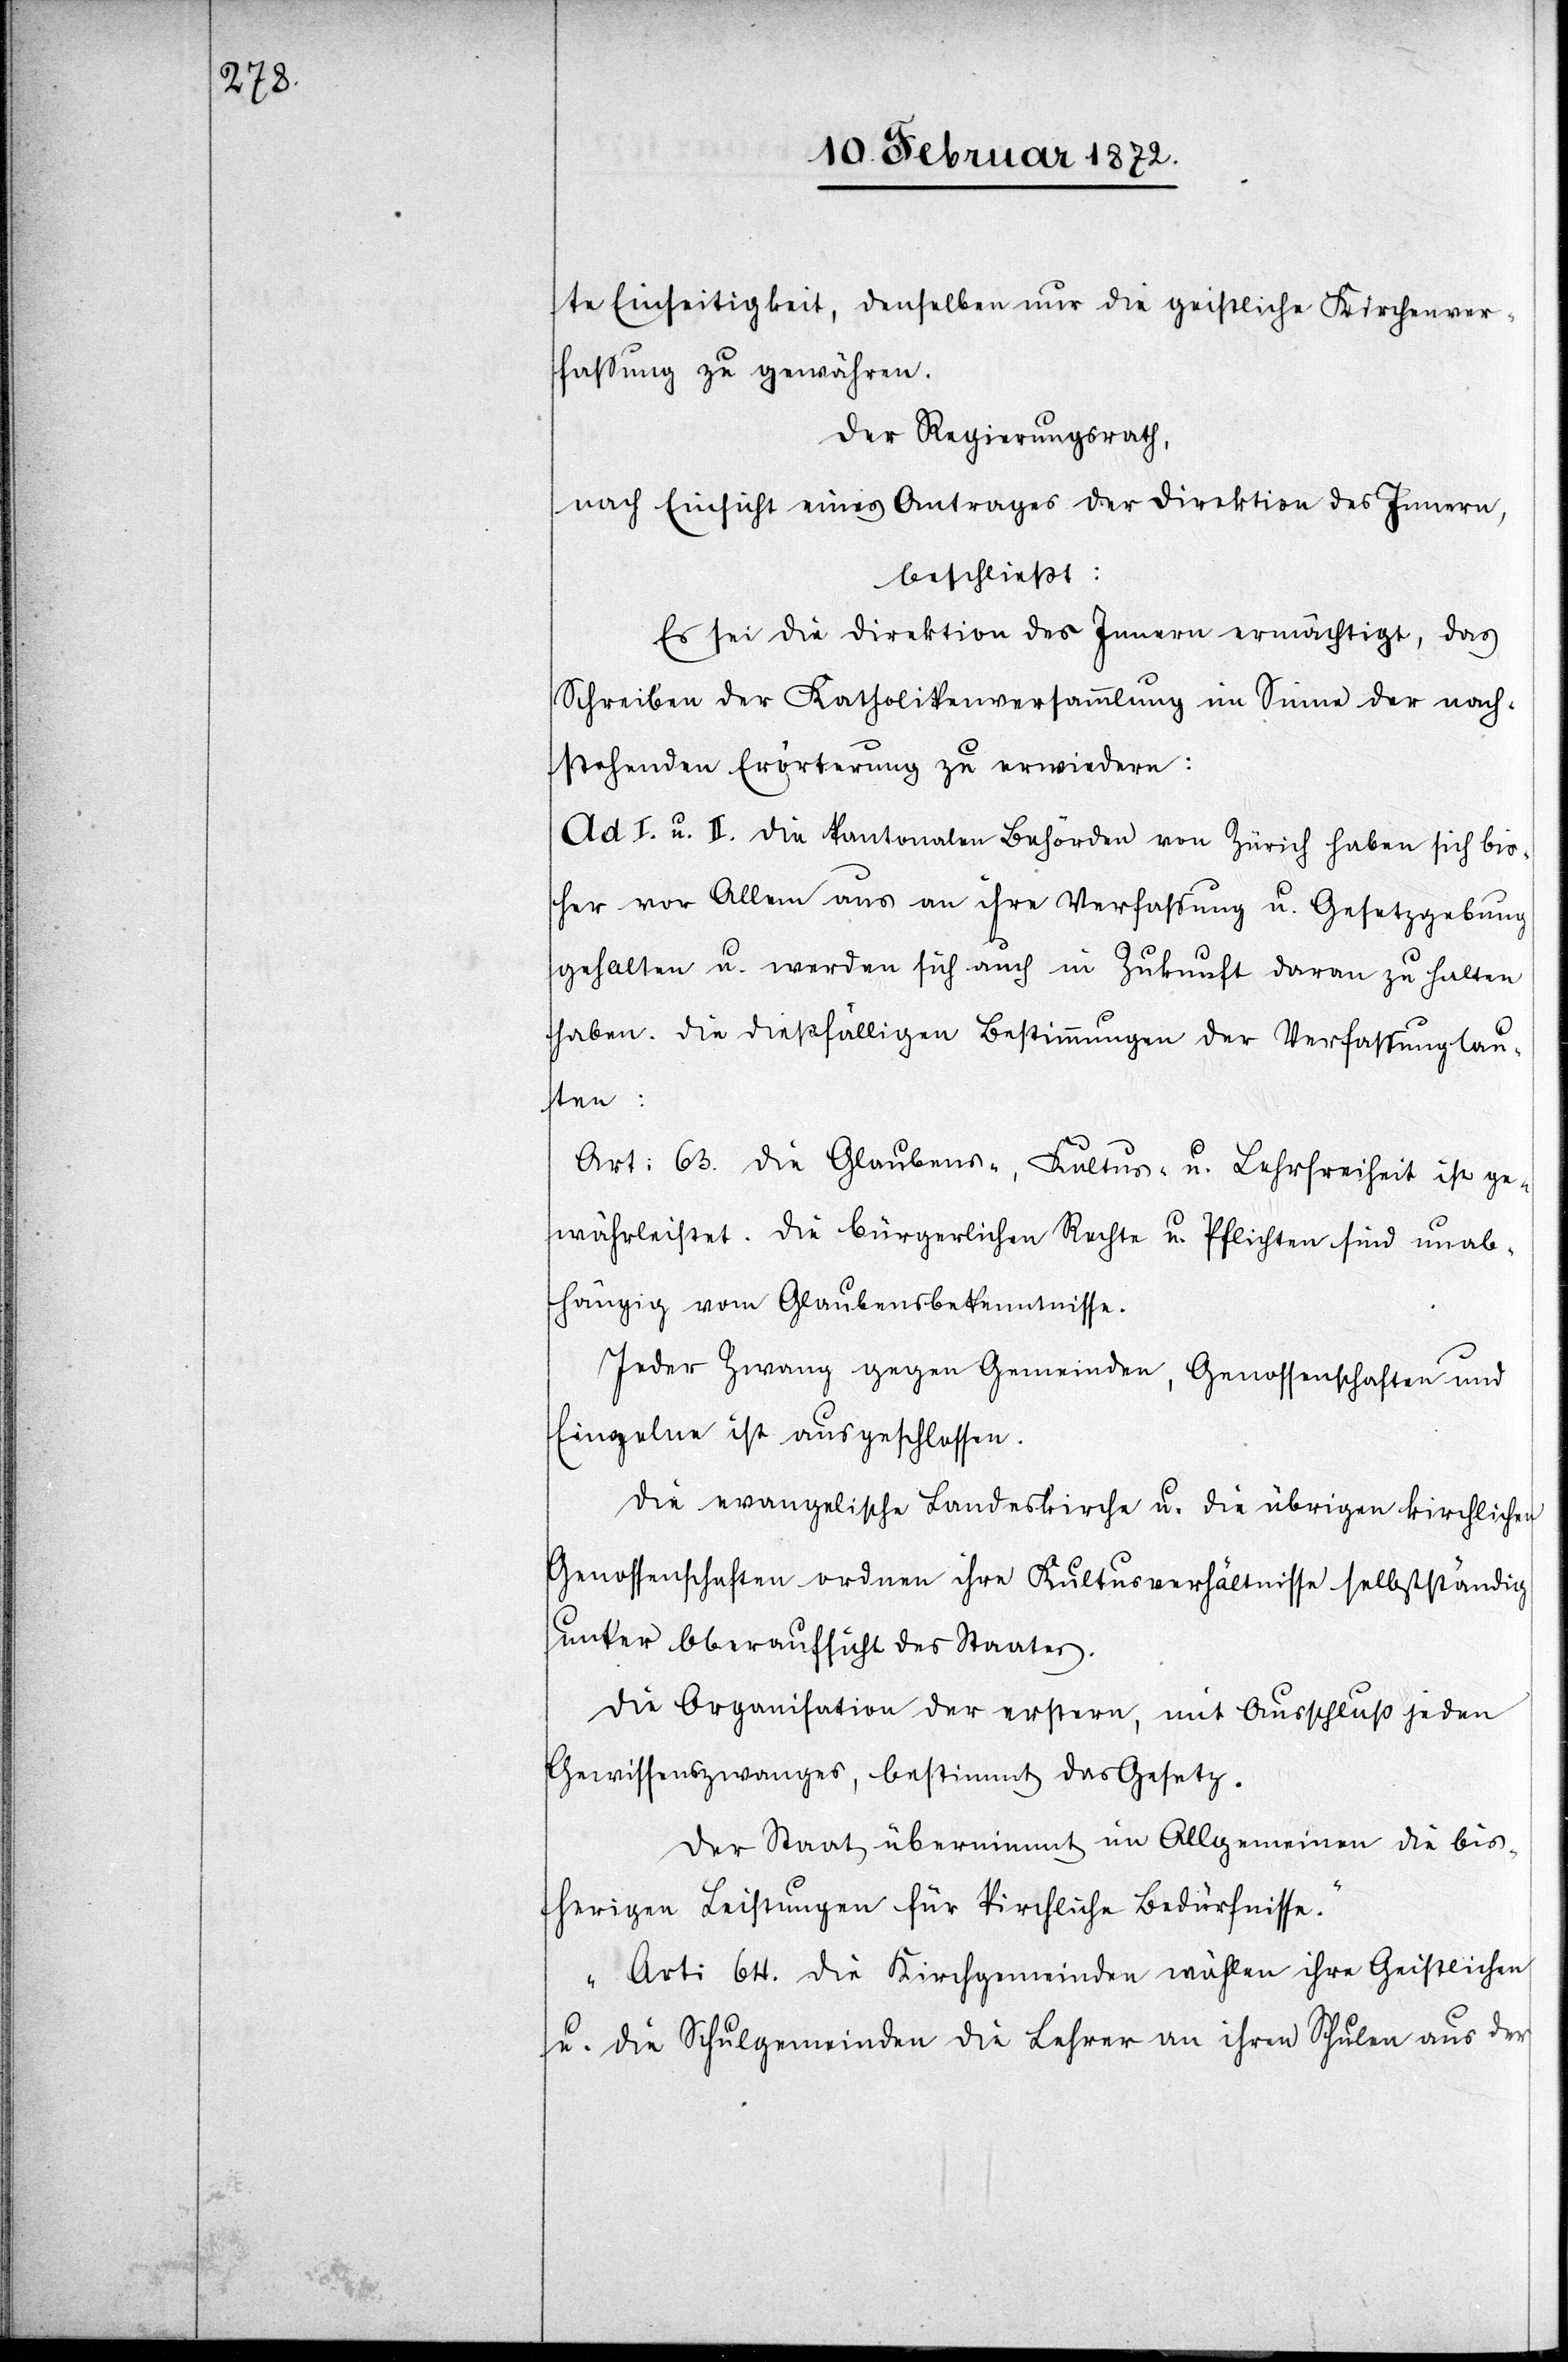
te Einseitigkeit, denselben nur die geistliche Kirchenver¬
fassung zu gewähren.
Der Regierungsrath,
nach Einsicht eines Antrages der Direktion des Innern,
beschließt:
Es sei die Direktion des Innern ermächtigt, das
Schreiben der Katholikenversammlung im Sinne der nach¬
stehenden Erörterung zu erwiedern:
Ad I. u. II. Die kantonalen Behörden von Zürich haben sich bis¬
her vor Allem aus an ihre Verfassung u. Gesetzgebung
gehalten u. werden sich auch in Zukunft daran zu halten
haben. Die dießfälligen Bestimmungen der Verfassung lau¬
ten:
Art. 63. Die Glaubens-, Kultus- u. Lehrfreiheit ist ge¬
währleistet. Die bürgerlichen Rechte u. Pflichten sind unab¬
hängig vom Glaubensbekenntnisse.
Jeder Zwang gegen Gemeinden, Genossenschaften und
Einzelne ist ausgeschlossen.
Die evangelische Landeskirche u. die übrigen kirchlichen
Genossenschaften ordnen ihre Kultusverhältnisse selbstständig
unter Oberaufsicht des Staates.
Die Organisation der erstern, mit Ausschluß jeden
Gewissenszwanges, bestimmt das Gesetz.
Der Staat übernimmt im Allgemeinen die bis¬
herigen Leistungen für kirchliche Bedürfnisse.“
„Arti 64. Die Kirchgemeinden wählen ihre Geistlichen
u. die Schulgemeinden die Lehrer an ihren Schulen aus der